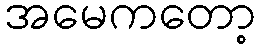
အမေကတော့